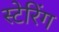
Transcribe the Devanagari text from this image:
स्टेरिंग